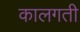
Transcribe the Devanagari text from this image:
कालगती